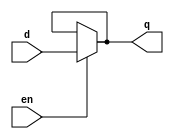
module latch(q, d, en);
    input d, en;
    output q;

    assign q = (en) ? d : q;
endmodule